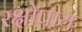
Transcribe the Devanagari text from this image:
रक्षोपाय